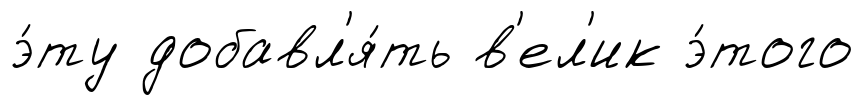
э́ту добавл'я́ть в'ел'ик э́того